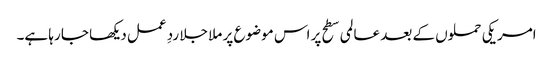
امریکی حملوں کے بعد عالمی سطح پر اس موضوع پر ملا جلا ردِ عمل دیکھا جا رہا ہے۔